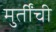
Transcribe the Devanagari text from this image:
मुर्तींची